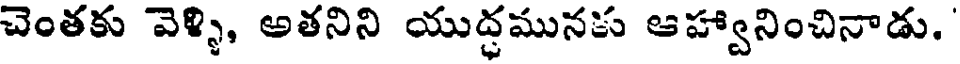
చెంతకు వెళ్ళి, అతనిని యుద్ధమునకు ఆహ్వానించినాడు.